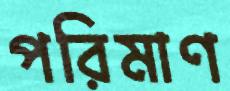
পরিমাণ